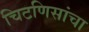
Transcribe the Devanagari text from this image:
चिटणिसांचा